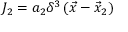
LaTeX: J _ { 2 } = a _ { 2 } \delta ^ { 3 } \left( { \vec { x } } - { \vec { x } } _ { 2 } \right)